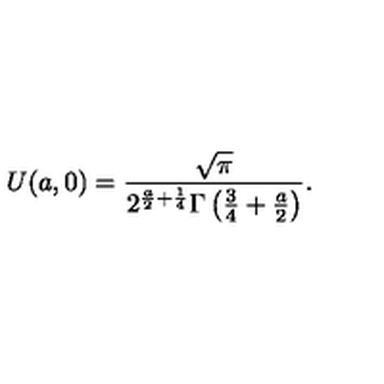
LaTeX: U ( a , 0 ) = \frac { \sqrt { \pi } } { 2 ^ { \frac { a } { 2 } + \frac { 1 } { 4 } } \Gamma \left( \frac { 3 } { 4 } + \frac { a } { 2 } \right) } .